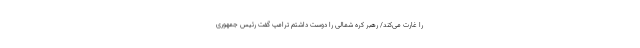
را غارت می‌کند/ رهبر کره شمالی را دوست داشتم ترامپ گفت رئیس جمهوری